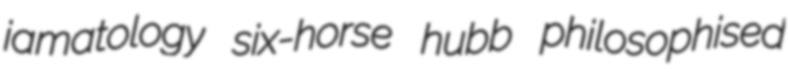
iamatology six-horse hubb philosophised